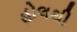
હોલથી